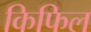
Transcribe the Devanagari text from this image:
किफिल